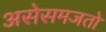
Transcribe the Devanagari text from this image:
असेसमजतो